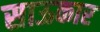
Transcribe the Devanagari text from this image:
साऊकार